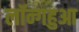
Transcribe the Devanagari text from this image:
लॉन्गहुआ